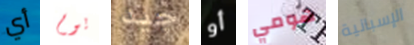
أي يوم جيد أو هومي الإسبانية